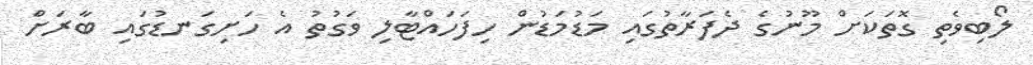
ލޯބިވެތި ގޮތަކަށް މޫނުގެ ދެފަރާތުގައި މަޑުމަޑުން ހިފަހައްޓާލި ވަގުތު އެ ހަށިގަނޑުގައި ބާރަށް